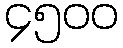
၄၅၀၀